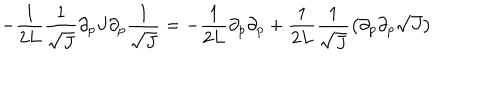
LaTeX: - \frac { 1 } { 2 L } \frac { 1 } { \sqrt { J } } \partial _ { p } J \partial _ { p } \frac { 1 } { \sqrt { J } } = - \frac { 1 } { 2 L } \partial _ { p } \partial _ { p } + \frac { 1 } { 2 L } \frac { 1 } { \sqrt { J } } \left( \partial _ { p } \partial _ { p } \sqrt { J } \right)